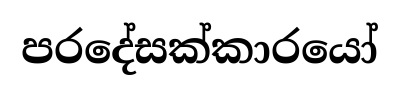
පරදේසක්කාරයෝ